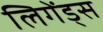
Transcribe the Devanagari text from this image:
लिगेंड्स